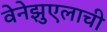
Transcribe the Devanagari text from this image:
वेनेझुएलाची